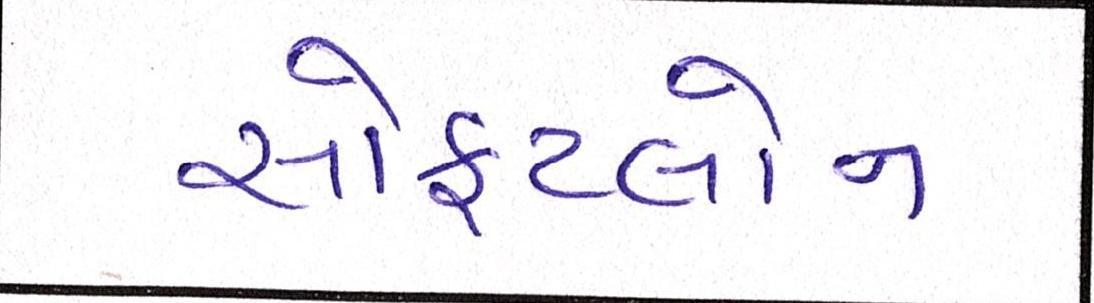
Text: સોફટલોન